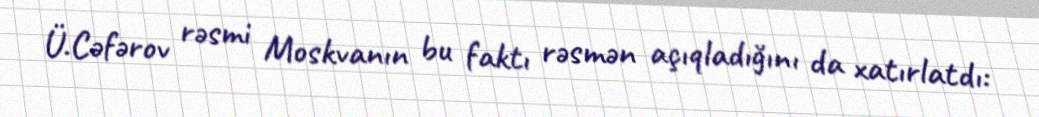
Ü.Cəfərov rəsmi Moskvanın bu faktı rəsmən açıqladığını da xatırlatdı: